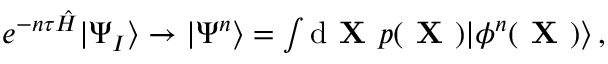
\begin{array} { r } { e ^ { - n \tau \hat { H } } | \Psi _ { I } \rangle \rightarrow | \Psi ^ { n } \rangle = \int \mathrm { d } \textbf { X } p ( \textbf { X } ) | \phi ^ { n } ( \textbf { X } ) \rangle \, , } \end{array}